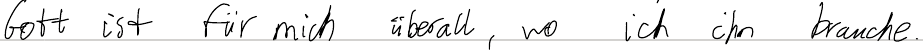
Gott ist für mich überall, wo ich ihn brauche.